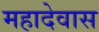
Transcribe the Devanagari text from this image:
महादेवास